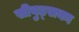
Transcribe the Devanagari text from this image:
सीवुड्सका